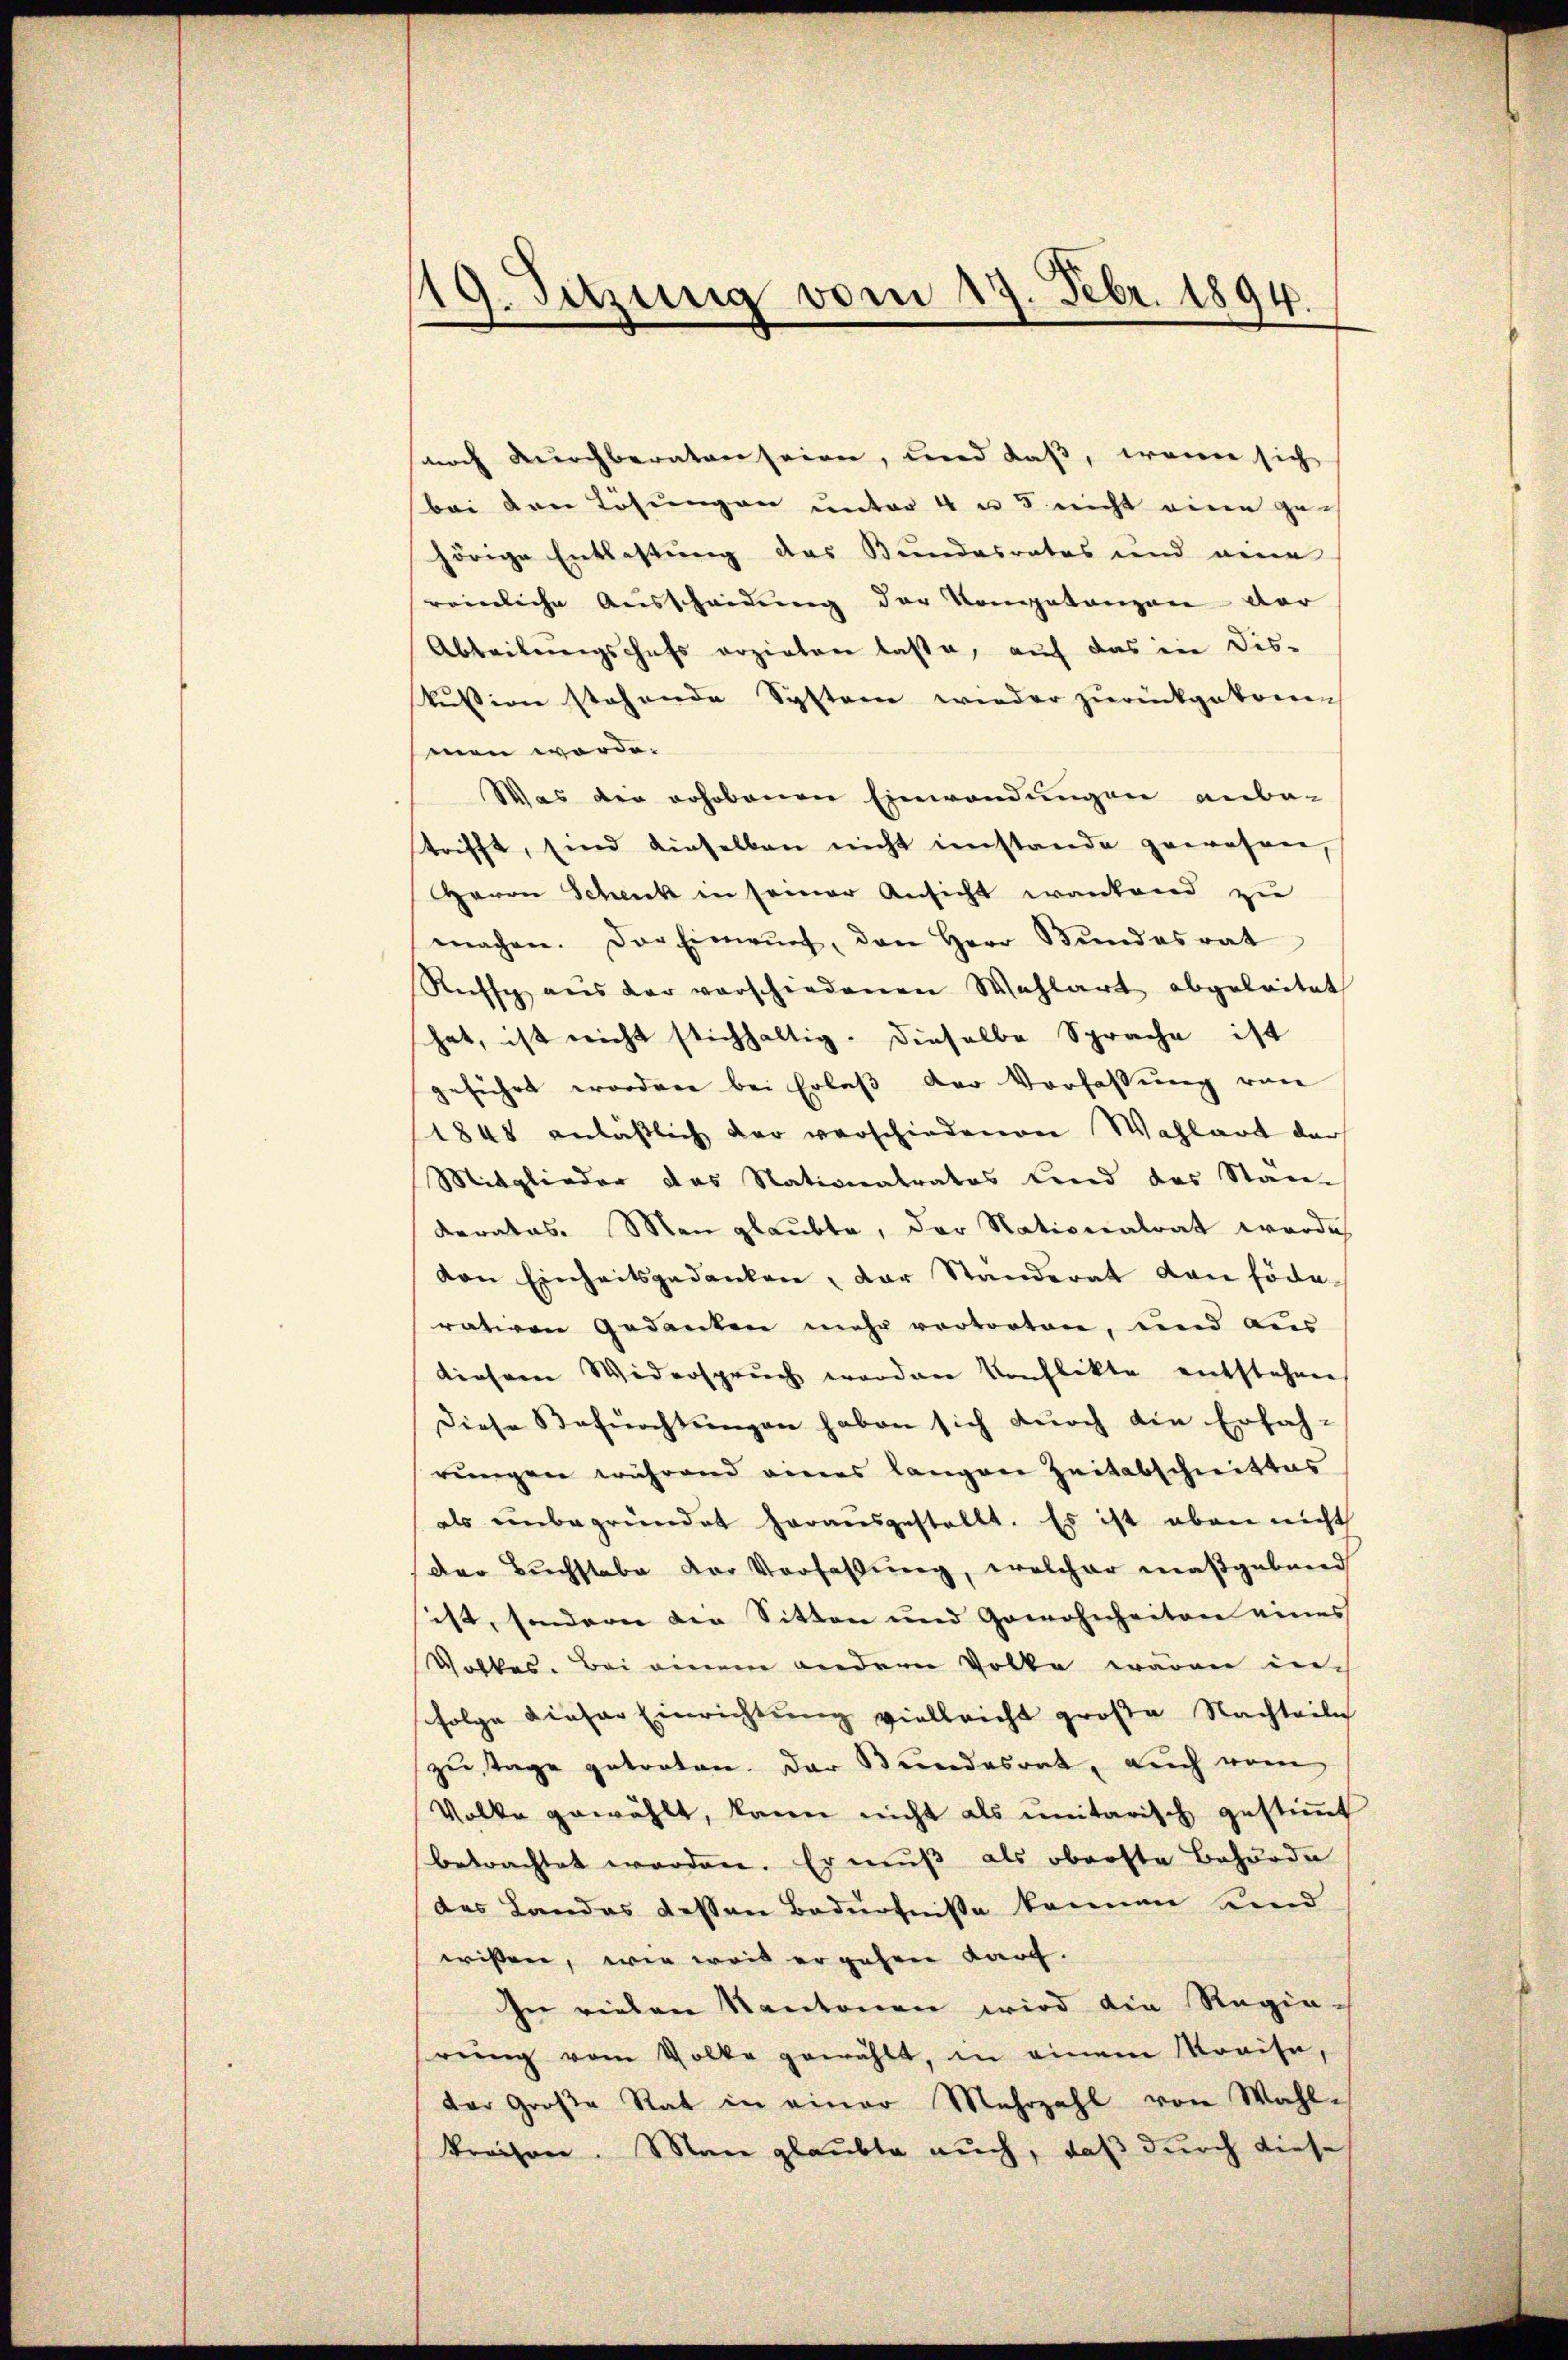
19. Sitzung vom 17. Febr. 1894.

noch durchberaten seien, und daß, wenn sich
bei den Lösungen unter 4 u. 5 nicht eine gehörige Entlastung des Bundesrates und eine
reinliche Ausscheidung der Kompetanzen der
Abteilŭngschaft erziehen laße, auf das in Dis-
kussion stehende System wieder zurückgekom
men werde.
Was die erhobenen Einwendungen anba-
trifft, sind einselben nicht imstande gewesen,
Herrn Schenk in seiner Ansicht wankend zu
machen. Der Einwŭrf, den Herr Bŭndesrat
Rechse aus der verschiedenen Wahlart abgeleitet
hat, ist nicht stichhaltig. Dieselbe Sprache ist
geführt erordnen bei Erlaβ der Verfassŭng von
1848 anlässlich der verschiedenen Wahlart der
Mitglieder das Nationalratos land das Staa
derates. Man glaubte, der Nationalrat werde
von Einheitsgedanken, der Standerat den föde-
rativen Gedanken mehr vertorten, und aus
diesem Widerspruch worden Konflikte entstehen
Diese Befürchtŭngen haben sich durch die Erfah-
rŭngen während eines langen Zeitabschnittes
als unbegründet herausgestellt. Es ist eben nicht
Der Buchstabe der Verfaßung, welcher maßgeband
ist, sondern die Sitten und Gewohnheiten eines
Volkes. Bei einem anderen Volke wären in
folge dieser Einrichtung vielleicht große Nachteile
zu Tage getreten. Der Bundesrat, auch vom
Volke gewählt, kann nicht als unitarisch gestimmt
betrachtet worden. Er muß als oberste Behörde
das Landas dessen Bedürfniße können sind
wissen, wie weis er gehen darf.
In vielen Kantonen wird die Regien-
rŭng vom Volke gewählt, in einem Kreise,
der Große Rat in einer Mehrzahl von Wahl-
kraison. Man glaubte auch, daß durch diese